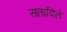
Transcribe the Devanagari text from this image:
सताविले